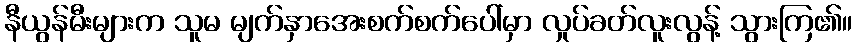
နီယွန်မီးများက သူမ မျက်နှာအေးစက်စက်ပေါ်မှာ လှုပ်ခတ်လူးလွန့် သွားကြ၏။